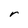
Character: r